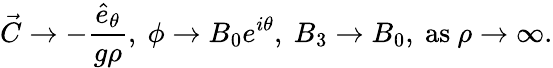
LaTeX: \vec{C}\rightarrow-{\frac{\hat{e}_{\theta}}{g\rho}},~\phi\rightarrow B_{0}e^{i\theta},~B_{3}\rightarrow B_{0},~\mathrm{as}~\rho\rightarrow\infty.